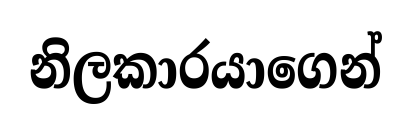
නිලකාරයාගෙන්